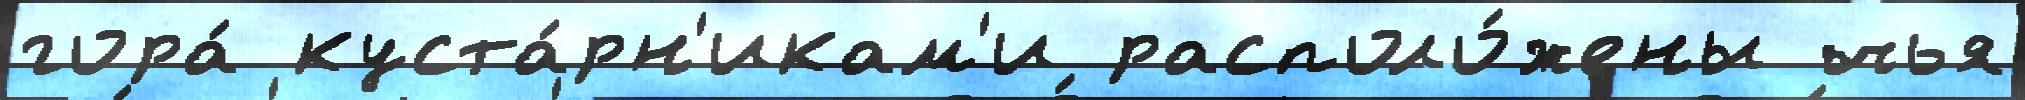
гора́ куста́рн'икам'и располо́жены чья